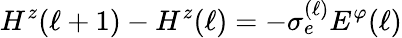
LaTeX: H^{z}(\ell+1)-H^{z}(\ell)=-\sigma_{e}^{(\ell)}E^{\varphi}(\ell)